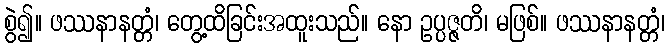
စွဲ၍။ ဖဿနာနတ္တံ၊ တွေ့ထိခြင်းအထူးသည်။ နော ဥပ္ပဇ္ဇတိ၊ မဖြစ်။ ဖဿနာနတ္တံ၊